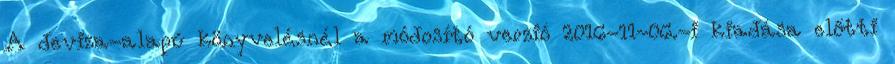
A deviza-alapú könyvelésnél a módosító verzió 2016-11-06.-i kiadása előtti